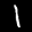
Label: 1